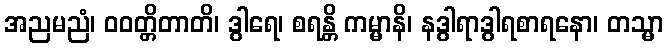
အညမညံ၊ ဝဝတ္တိတာတိ၊ ဒွါရေ၊ စရန္တိ ကမ္မာနိ၊ နဒွါရာဒွါရစာရနော၊ တသ္မာ